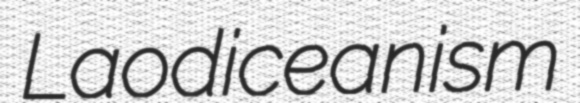
Laodiceanism